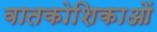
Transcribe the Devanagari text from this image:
वातकोशिकाओं